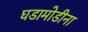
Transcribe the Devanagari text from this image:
घडामोडीना